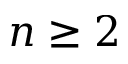
n \ge 2